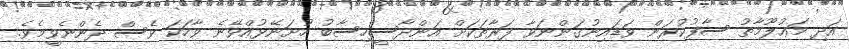
އަދި މަޢުލޫމާތު ސާފުކުރަން ވަޑައިނުގަންނަވާ ފަރާތަކަށް އަންދާސީހިސާބު ހުށަނޭޅުއްވޭނެ ވާހަކަ ވެސް ދެންނެވީމެވެ.